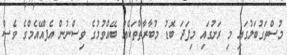
މުސްތަގުބަލުގައި މި ރަށުގައި މިފަދަ ބޮޑު މުބާރާތްތަކެއް ބޭއްވުމުގެ ވިސްނުން އެފްއޭއެމްގެ ވެސް